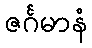
ဇင်္ဂမာနံ